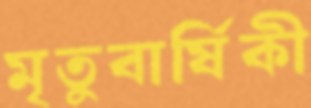
মৃতুবার্ষিকী